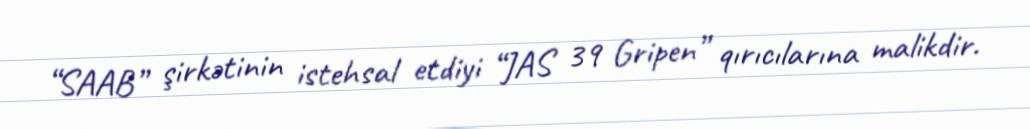
“SAAB” şirkətinin istehsal etdiyi “JAS 39 Gripen” qırıcılarına malikdir.